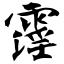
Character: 霪